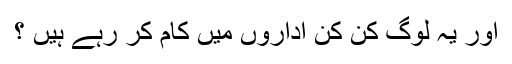
اور یہ لوگ کن کن اداروں میں کام کر رہے ہیں ؟